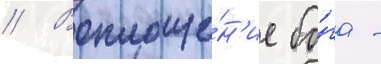
// Воплоще́н'ие бо́га -